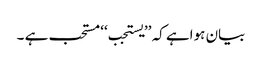
بیان ہواہے کہ ’’یستجب‘‘ مستحب ہے ۔